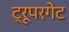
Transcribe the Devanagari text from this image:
ट्रूपरगेट